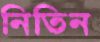
নিতিন